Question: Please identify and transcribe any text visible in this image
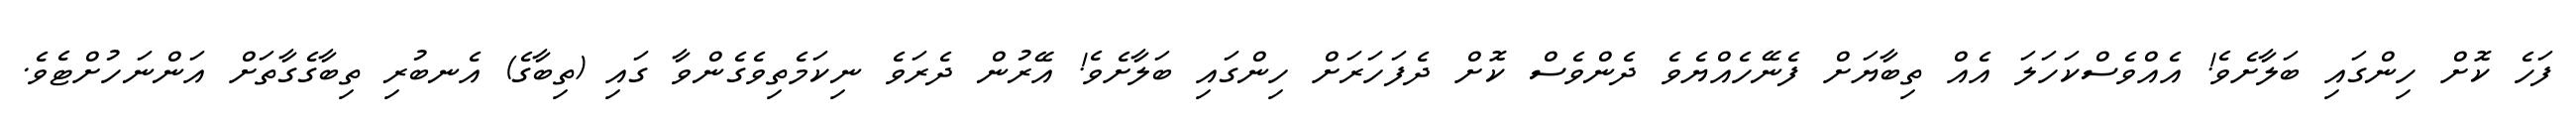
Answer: ފަހެ ކޮށް ހިންގައި ބަލާށެވެ! އެއްވެސްކަހަލަ އެއް ތިބާޔަށް ފެނޭހެއްޔެވެ ދެންވެސް ކޮށް ދެފަހަރަށް ހިންގައި ބަލާށެވެ! އޭރުން ދެރަވެ ނިކަމެތިވެގެންވާ ގައި (ތިބާގެ) އެނބުރި ތިބާގެގާތަށް އަންނަހުށްޓެވެ.